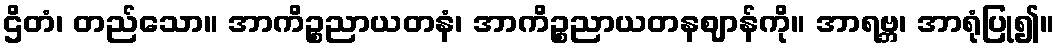
ဌိတံ၊ တည်သော။ အာကိဉ္စညာယတနံ၊ အာကိဉ္စညာယတနဈာန်ကို။ အာရဗ္ဘ၊ အာရုံပြု၍။